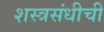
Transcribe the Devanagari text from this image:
शस्त्रसंधीची